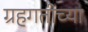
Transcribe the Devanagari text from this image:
ग्रहगतीच्या